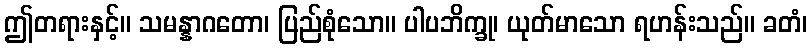
ဤတရားနှင့်။ သမန္နာဂတော၊ ပြည်စုံသော။ ပါပဘိက္ခု၊ ယုတ်မာသော ရဟန်းသည်။ ခတံ၊